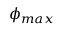
\phi _ { m a x }